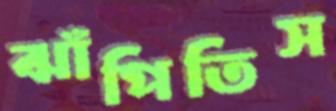
ঝাঁপিতিস